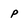
Character: p